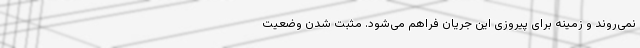
نمی‌روند و زمینه برای پیروزی این جریان فراهم می‌شود. مثبت شدن وضعیت